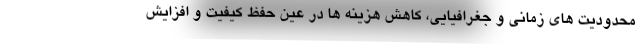
محدودیت های زمانی و جغرافیایی، کاهش هزینه ها در عین حفظ کیفیت و افزایش